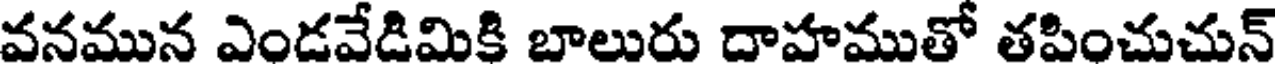
వనమున ఎండవేడిమికి బాలురు దాహముతో తపించుచున్